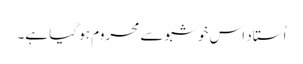
اُستاد اس خوشبو سے محروم ہو گیا ہے۔